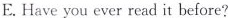
E. Have you ever read it before?